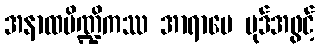
အနာထပိဏ္ဍိကဿ အာရာမေ ပုဒ်အဖွင့်